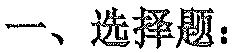
一、选择题：